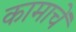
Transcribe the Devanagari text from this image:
कामाचें